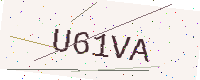
Text: U61VA